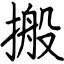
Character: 搬